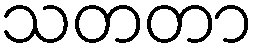
သတတာ